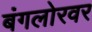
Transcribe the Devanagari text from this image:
बंगलोरवर